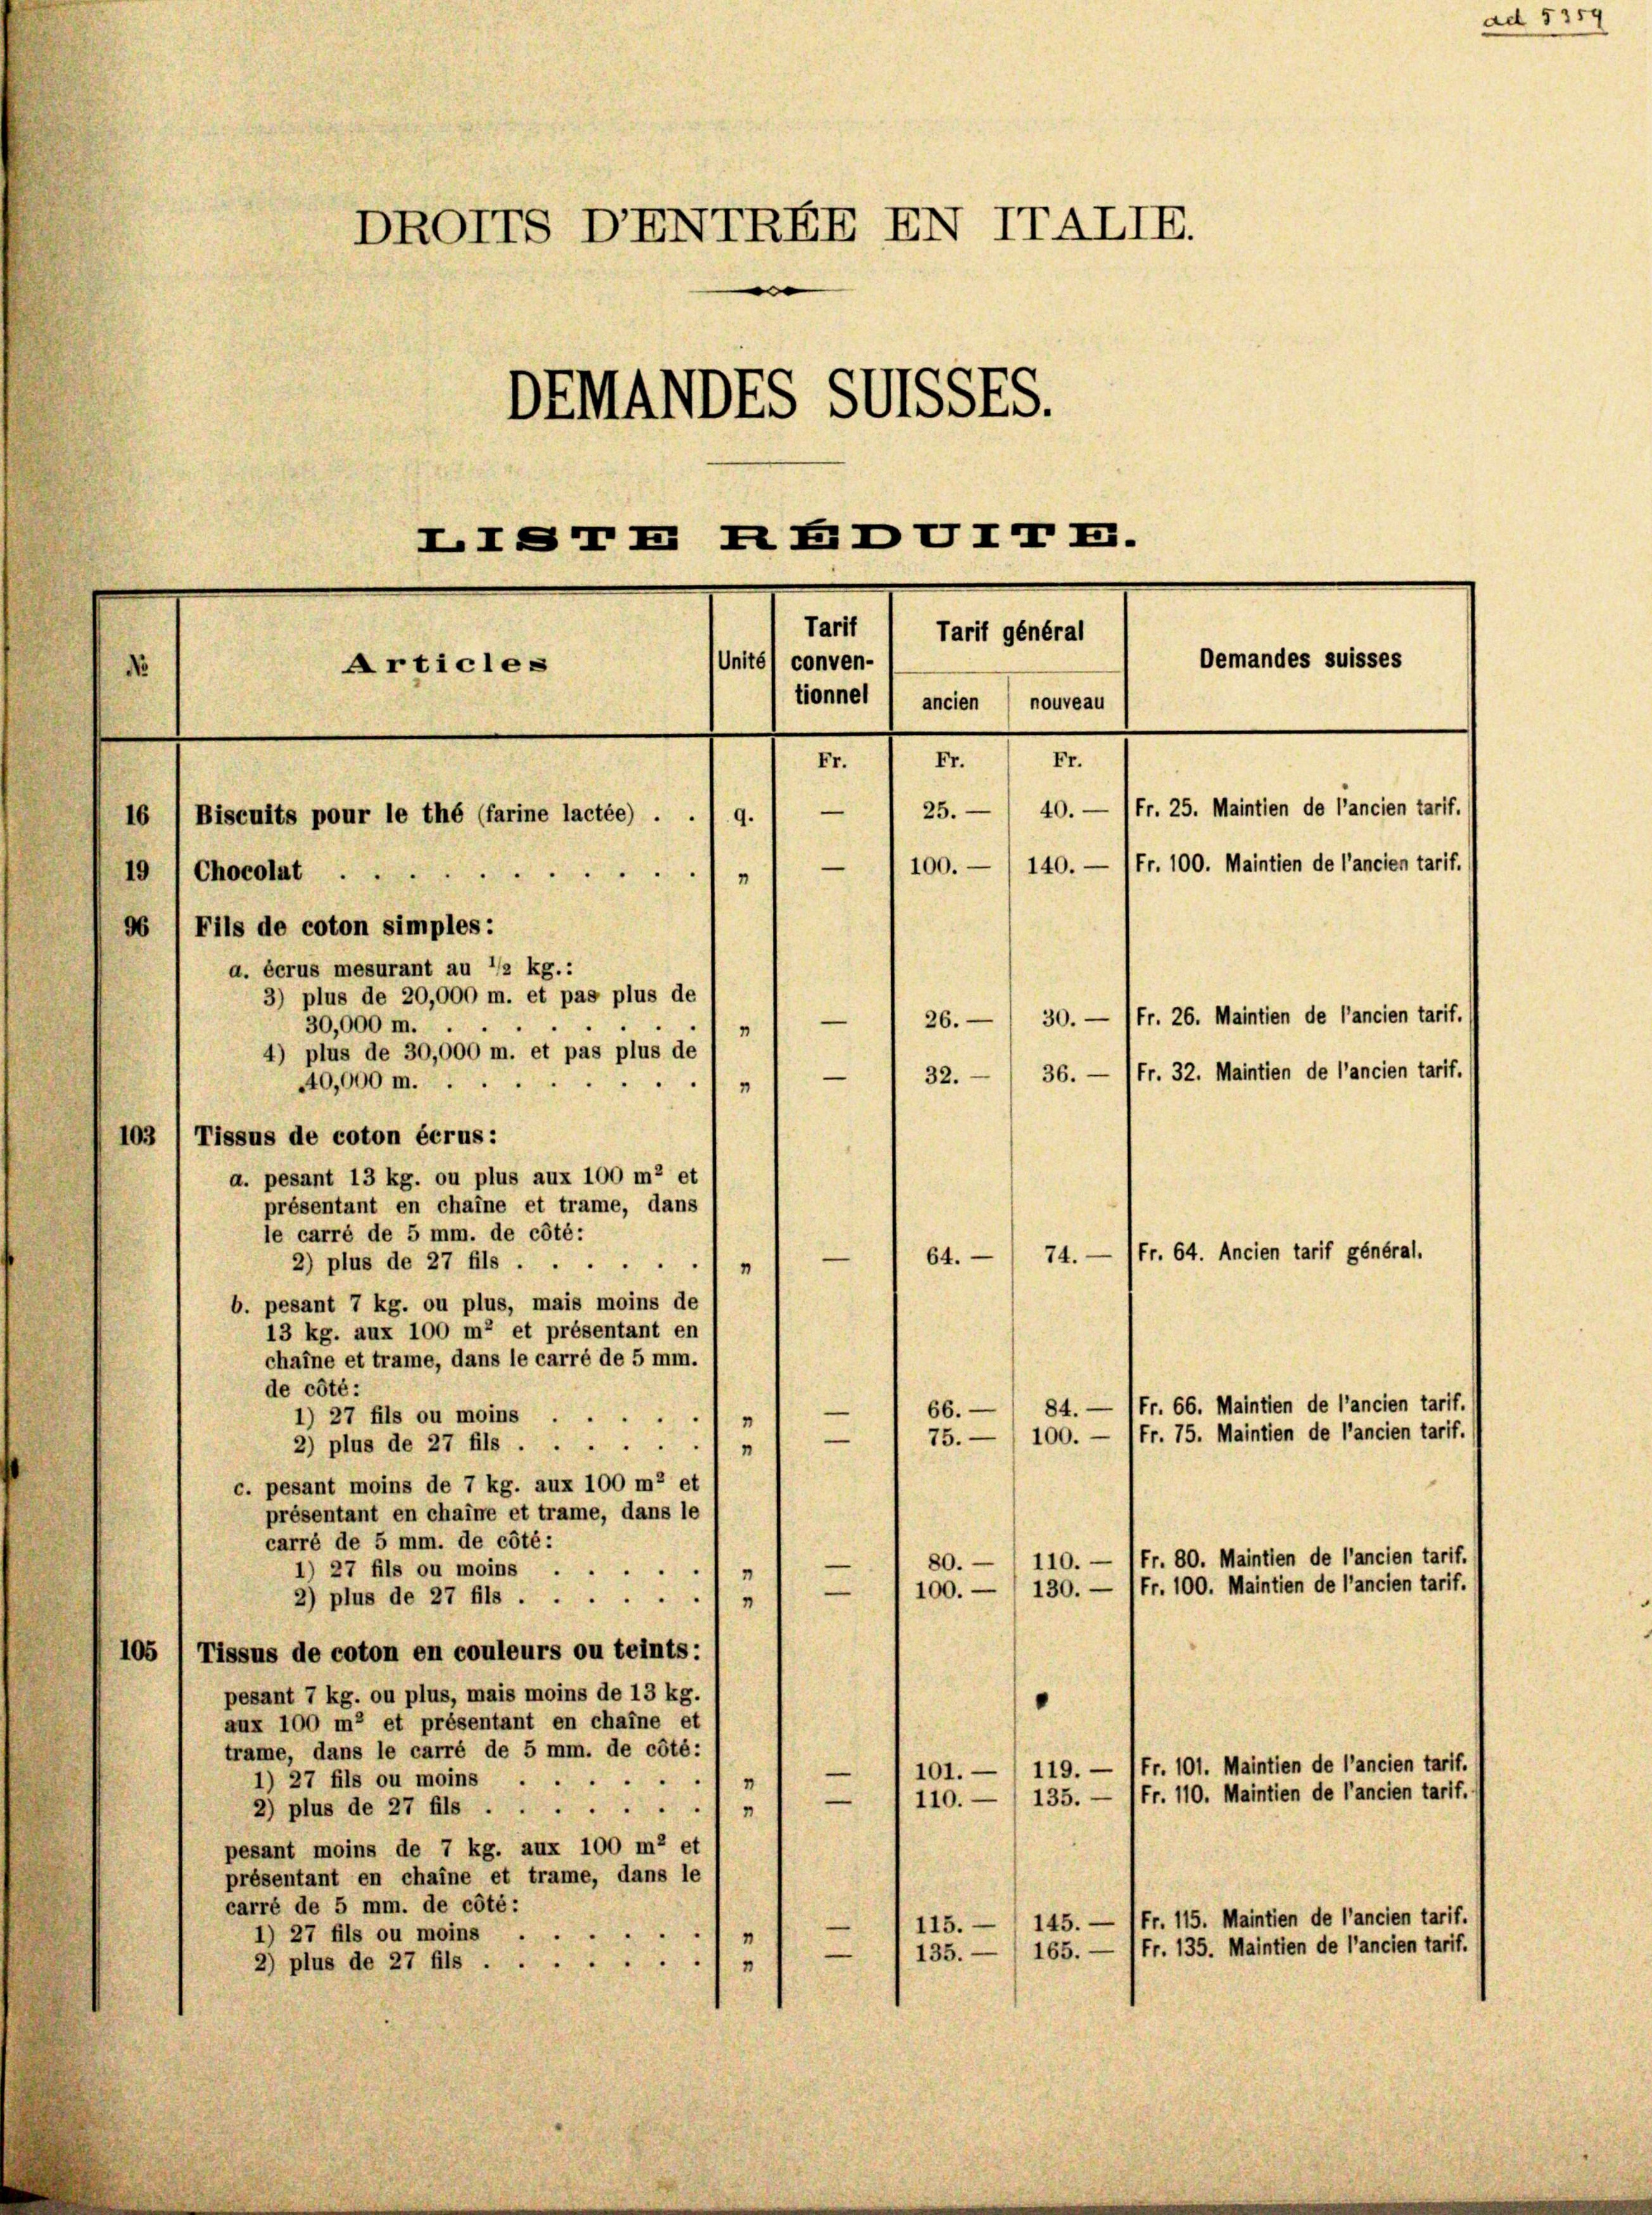
DROTTS DENTREN XN TTALII.
e
DEMADEL Suiszw.
Demandes suisses
Articles
No
ancien
nouveau
Fr.
Fr.
Fr.
Fr. 25. Maintien de l’ancien tarif.
40.
—
25.
16 (Biscuits pour le thé (farine lactée) . . 1 9.
140. — 1 Fr. 100. Maintien de l’ancien tarif.
100.
1
19 1 Chocolat
86 (Fils de coton simples:
a. écrus mesurant au */2 kg.:
3) plus de 20,000 m. et pas plus de
30. — Fr. 26. Maintien de l’ancien tarif.
26.
—
30,000 m.
4) plus de 30,000 m. et pas plus de / 7
36.
Fr. 32. Maintien de l’ancien tarif.
32.
1
40,000 m.

103 (Tissus de coton écrus:
a. pesant 13 kg. ou plus aux 100 m2 et
présentant en chaine et trame, dans
le carré de 5 mm. de côté:
(Fr. 64. Ancien tarif général.
74.
—
64.
2) plus de 27 fils ...
“
b. pesant 7 kg. ou plus, mais moins de
13 kg. aux 100 m et présentant en
chaine et trame, dans le carré de 5 mm.
de côté:
—
66.
1) 27 fils ou moins ..
1
75. 188. - Fr. 56. Malten de lancien tart.
—
2) plus de 27 fils
n
c. pesant moins de 7 kg. aux 100 m2 et
présentant en chaine et trame, dans le
carré de 5 mm. de côté:
80. — 110. — 1 Fr. 80. Maintien de l’ancien tarif.
1) 27 fils ou moins
"
100. —  130. — (Fr. 100. Maintien de l’ancien tarif.
-
2) plus de 27 fils.
1
105
Tissus de coton en couleurs ou teints:
pesant 7 kg. ou plus, mais moins de 13 kg.
aux 100 m2 et présentant en chaine et
trame, dans le carré de 5 mm. de côté:
tarif.
ntien de l’ancie
101. — 119. — 1fr. 101. M
1) 27 fils ou moins
 . . .
110. —  135. — (Fr. 110. Maintien de l’ancien tarif.
—
2) plus de 27 fils
pesant moins de 7 kg. aux 100 me et
présentant en chaine et trame, dans le
carré de 5 mm. de côté:
Fr. 115. Maintien de l’ancien tarif.
145.
115.
e
1) 27 fils ou moins
165. — 1 Fr. 135. Maintien de l’ancien tarif.
—
135.
2) plus de 27 fils

LTSTREDUTTE.
Tarif 1 Tarif général
Unité conven-
tionnel

ad 5354